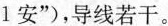
1安”)，导线若干。